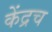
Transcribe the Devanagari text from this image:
केंद्रच